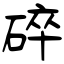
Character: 碎